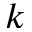
k